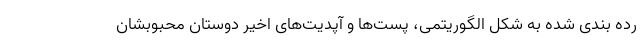
رده بندی شده به شکل الگوریتمی، پست‌ها و آپدیت‌های اخیر دوستان محبوبشان